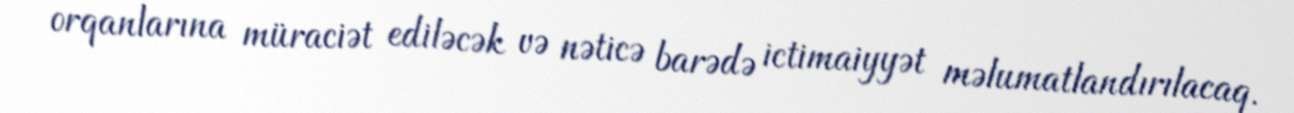
orqanlarına müraciət ediləcək və nəticə barədə ictimaiyyət məlumatlandırılacaq.